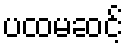
ပထမဆင့်